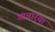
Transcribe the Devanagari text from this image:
आचार्‍या